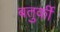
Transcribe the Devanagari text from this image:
बतुर्की